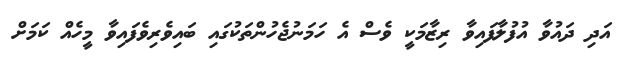
އަދި ދައުވާ އުފުލާފައިވާ ރިޒާމަކީ ވެސް އެ ހަމަނުޖެހުންތަކުގައި ބައިވެރިވެފައިވާ މީހެއް ކަމަށް